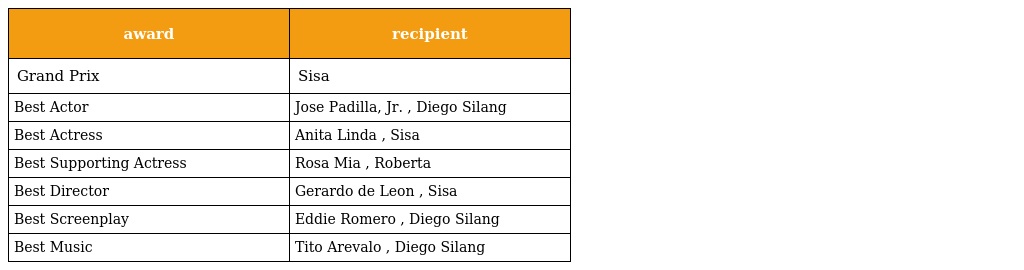
| award | recipient |
 | --- | --- |
 | Grand Prix | Sisa |
 | Best Actor | Jose Padilla, Jr. , Diego Silang |
 | Best Actress | Anita Linda , Sisa |
 | Best Supporting Actress | Rosa Mia , Roberta |
 | Best Director | Gerardo de Leon , Sisa |
 | Best Screenplay | Eddie Romero , Diego Silang |
 | Best Music | Tito Arevalo , Diego Silang |